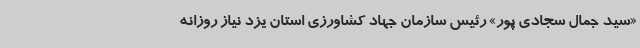
«سید جمال سجادی پور» رئیس سازمان جهاد کشاورزی استان یزد نیاز روزانه